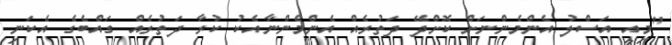
"މިއީ އަސްލު އެންމެންނަށް ކޮށްދޭ ދަތުރެއް އެންމެންނާއެކު ކުރާ ދަތުރެއް ގައްބެގެ އެކަނި